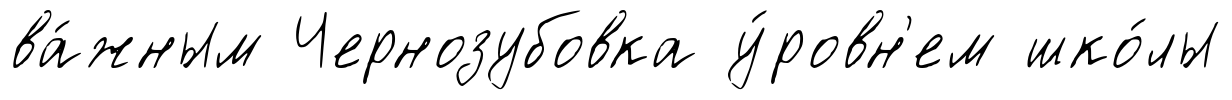
ва́жным Чернозубовка у́ровн'ем шко́лы